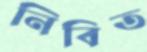
নিবিত